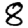
Digit: 8